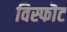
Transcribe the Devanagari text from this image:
विस्फॊट